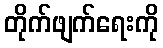
တိုက်ဖျက်ရေးကို